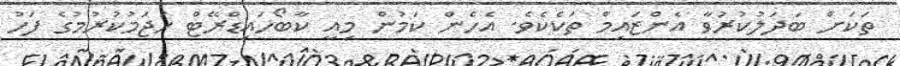
ތަކަށް ބަދަލުކުރުވާ އެންޒައިމް ތަކެކެވެ. އެހެން ކަމުން މިއީ ކާބޯހައިޑްރޭޓް ހަޖަމުކުރުމުގެ ފަހު